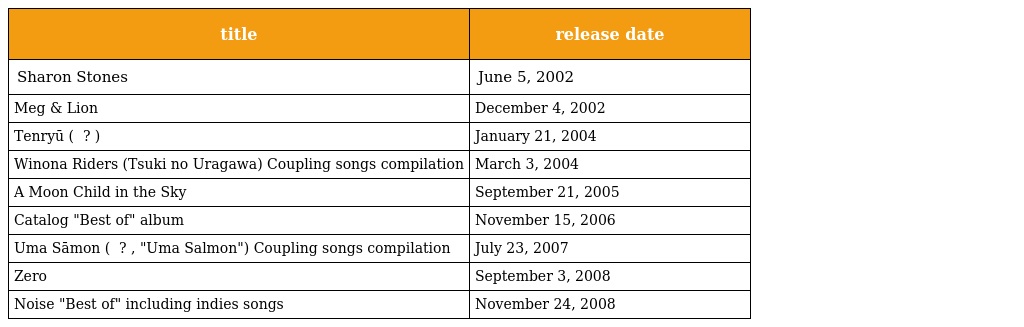
| title | release date |
 | --- | --- |
 | Sharon Stones | June 5, 2002 |
 | Meg & Lion | December 4, 2002 |
 | Tenryū ( 天龍 ? ) | January 21, 2004 |
 | Winona Riders (Tsuki no Uragawa) Coupling songs compilation | March 3, 2004 |
 | A Moon Child in the Sky | September 21, 2005 |
 | Catalog "Best of" album | November 15, 2006 |
 | Uma Sāmon ( ウマ・サーモン ? , "Uma Salmon") Coupling songs compilation | July 23, 2007 |
 | Zero | September 3, 2008 |
 | Noise "Best of" including indies songs | November 24, 2008 |